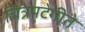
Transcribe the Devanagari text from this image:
चित्रपटेगीते